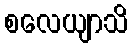
စလေယျာသိ